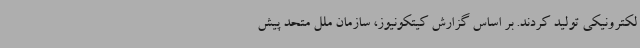
لکترونیکی تولید کردند. بر اساس گزارش کیتکونیوز، سازمان ملل متحد پیش